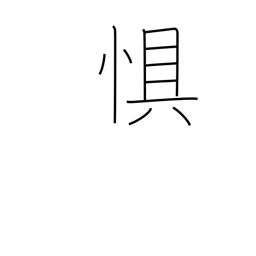
Meaning: dread